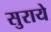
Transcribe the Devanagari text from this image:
सुराये